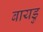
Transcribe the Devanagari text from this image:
बायडु